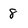
Character: 8